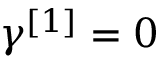
\gamma ^ { [ 1 ] } = 0